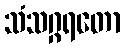
သံသဂ္ဂရတော